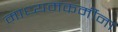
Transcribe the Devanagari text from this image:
माध्यमकर्मीना